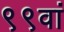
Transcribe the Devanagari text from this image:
९९वां